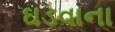
ઘડવાના